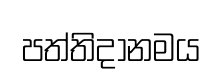
පත්තිදානමය